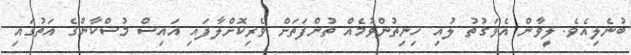
ބުނެލިއެވެ. ލީވާން އެވަގުތު ލުއި ހިނިތުންވުމެއް ތުންފަތަށް ވެރިކޮށްލާފައި އައިސް މުސްކާންގެ އަތުގައި